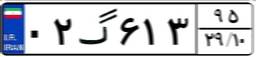
۹۱گ۸۸۸۹۰